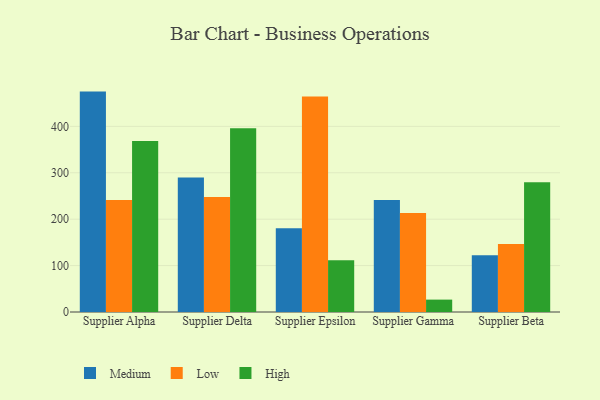
{"axis": {"x": "Supplier", "y": "Headcount"}, "legend": ["High", "Low", "Medium"], "data": [{"x": "Supplier Alpha", "y": 474.9, "type": "Medium"}, {"x": "Supplier Alpha", "y": 241.2, "type": "Low"}, {"x": "Supplier Alpha", "y": 368.5, "type": "High"}, {"x": "Supplier Delta", "y": 289.7, "type": "Medium"}, {"x": "Supplier Delta", "y": 247.6, "type": "Low"}, {"x": "Supplier Delta", "y": 395.8, "type": "High"}, {"x": "Supplier Epsilon", "y": 180.3, "type": "Medium"}, {"x": "Supplier Epsilon", "y": 464.6, "type": "Low"}, {"x": "Supplier Epsilon", "y": 111.3, "type": "High"}, {"x": "Supplier Gamma", "y": 241.5, "type": "Medium"}, {"x": "Supplier Gamma", "y": 213.1, "type": "Low"}, {"x": "Supplier Gamma", "y": 26.7, "type": "High"}, {"x": "Supplier Beta", "y": 122.1, "type": "Medium"}, {"x": "Supplier Beta", "y": 146.5, "type": "Low"}, {"x": "Supplier Beta", "y": 279.6, "type": "High"}]}